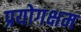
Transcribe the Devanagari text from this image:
प्रयोगक्षम